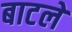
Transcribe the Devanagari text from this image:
बाटले